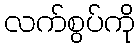
လက်စွပ်ကို